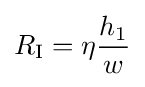
R_{\text{I}}=\eta {\frac {h_{1}}{w}}